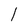
Character: l